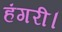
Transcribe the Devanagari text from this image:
हंगरी।